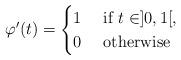
LaTeX: \begin{align*}\varphi'(t)=\begin{cases}1 & \mbox{ if }t\in]0,1[,\\0 & \mbox{ otherwise}\end{cases}\end{align*}